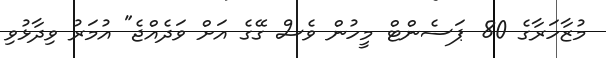
މުޒާހަރާގެ 80 ޕަސެންޓް މީހުން ވެސް ގޭގެ އަށް ވަދެއްޖެ" އުމަރު ވިދާޅުވި